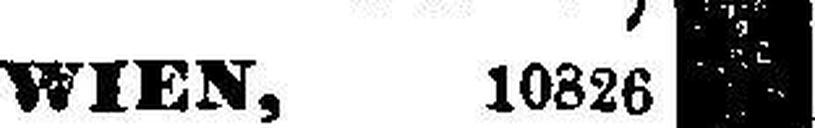
WIEN, 10826